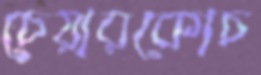
চেয়ারকোচ